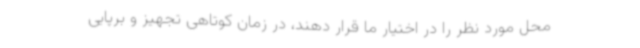
محل مورد نظر را در اختیار ما قرار دهند، در زمان کوتاهی تجهیز و برپایی